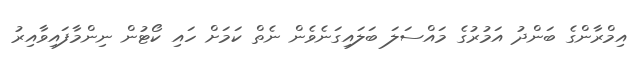
އިމްރާންގެ ބަންދު އަމުރުގެ މައްސަލަ ބަލައިގަނެވެން ނެތް ކަމަށް ހައި ކޯޓުން ނިންމާފައިވާއިރު